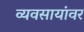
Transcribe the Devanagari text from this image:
व्यवसायांवर